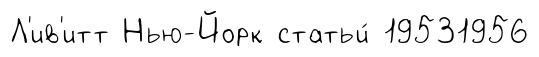
Л'ив'итт Нью-Йорк статьи́ 19531956